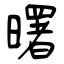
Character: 曙